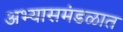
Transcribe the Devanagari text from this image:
अभ्यासमंडळात